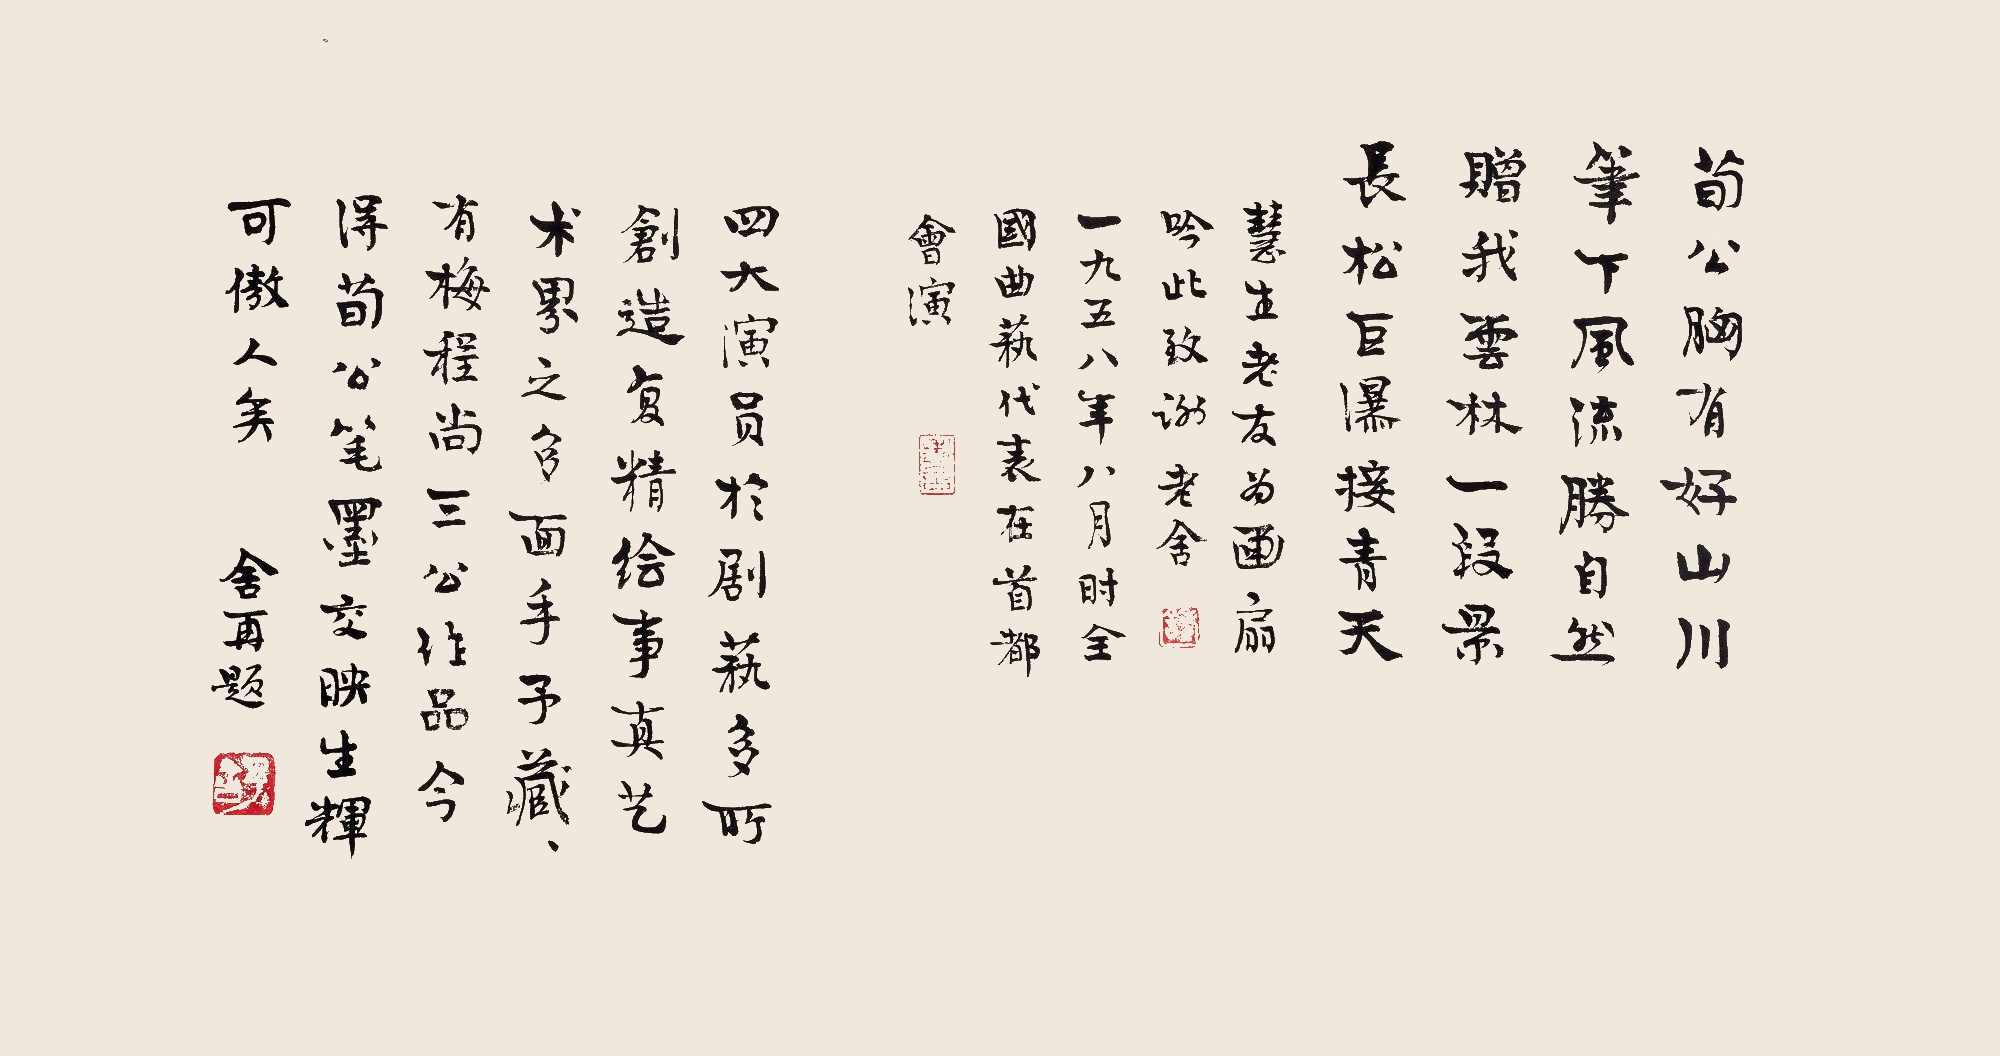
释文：荀公胸有好山川，笔下风流胜自然。赠我云林一段景，长松巨瀑接青天。1.慧生老友为画扇，吟此致谢。老舍。一九五八年八月，时全国曲艺代表在首都会演。2.四大演员于剧艺多所创造，复精绘事，真艺术界之多面手。予藏有梅、程、尚三公作品，今得荀公笔墨，交映生辉，可傲人矣。舍再题。